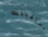
مستقبلك